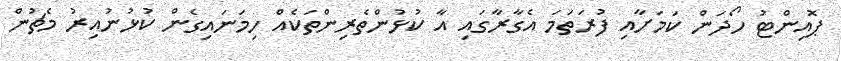
ޕޮއިންޓު ހޯދަން ކަމަށާއި ފުރަތަމަ އެގާރާގައި އާ ކުޅުންތެރިންތަކެއް ހިމަނައިގެން ކުޅުނުއިރު މެޗުން